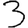
Digit: 3